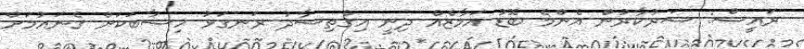
ރައީސް: ސަރުކާރުން އެންމެ ބޮޑު އަމާޒެއް ދިނީ އިގްތިސާދު ރަނގަޅު ހިސާބަކަށް ގެނައުމަށް